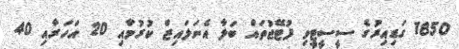
1850 ގަޑިއިރުގެ ސީސީޓީވި ފުޓޭޖުތައް ބަލާ އެނަލައިޒް ކުރުމާައި 20 އަހަރާއި 40